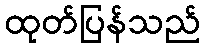
ထုတ်ပြန်သည်